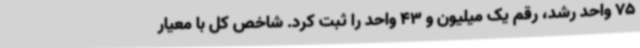
75 واحد رشد، رقم یک میلیون و 43 واحد را ثبت کرد. شاخص کل با معیار